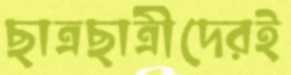
ছাত্রছাত্রীদেরই